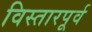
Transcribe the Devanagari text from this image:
विस्तारपूर्व